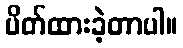
ပိတ်ထားခဲ့တာပါ။